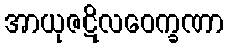
အာယုဇဋိလဝေက္ခဏာ